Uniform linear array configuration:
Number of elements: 16
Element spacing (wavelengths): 0.25
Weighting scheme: exponential
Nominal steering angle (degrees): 45
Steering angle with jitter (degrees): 46.861
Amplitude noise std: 0.05
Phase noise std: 0.05

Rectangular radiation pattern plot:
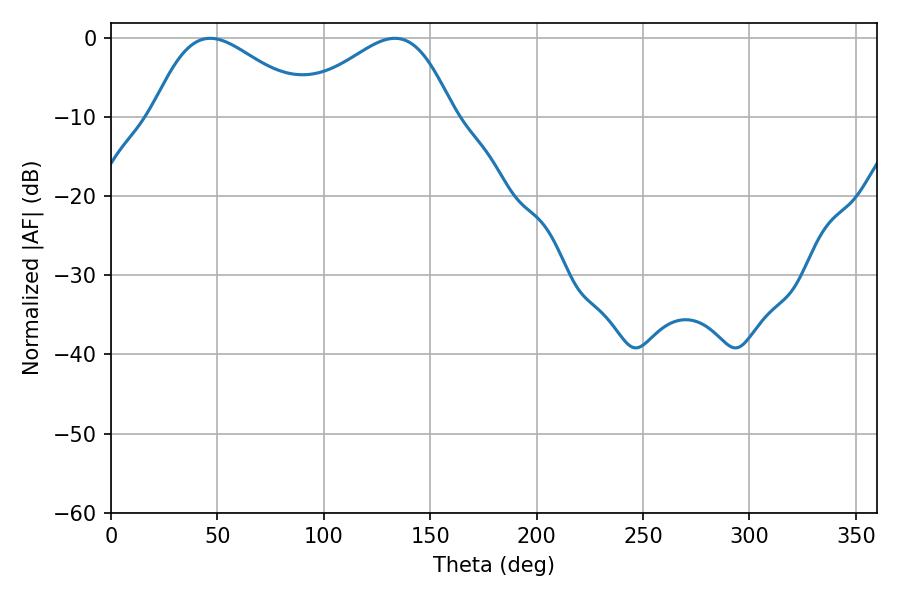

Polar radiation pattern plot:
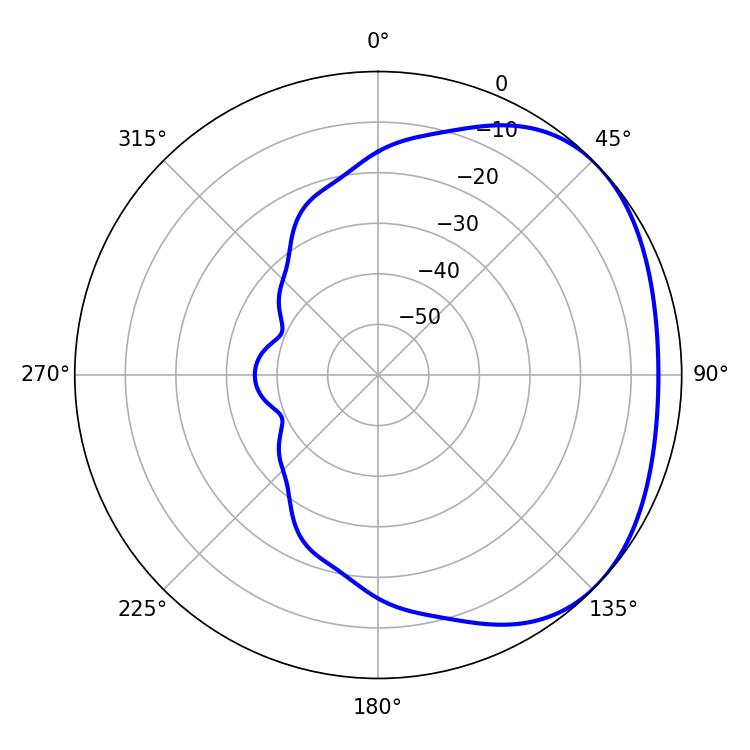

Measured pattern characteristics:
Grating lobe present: FALSE
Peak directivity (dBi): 2.407
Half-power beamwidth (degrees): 39.78
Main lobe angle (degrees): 46.62